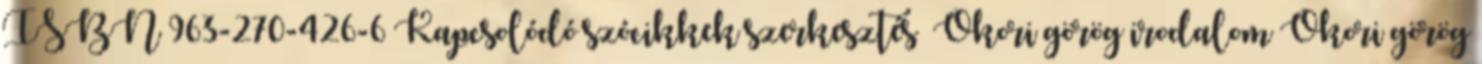
ISBN 963-270-426-6 Kapcsolódó szócikkek szerkesztés Ókori görög irodalom Ókori görög